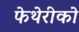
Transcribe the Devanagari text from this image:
फेथेरीको